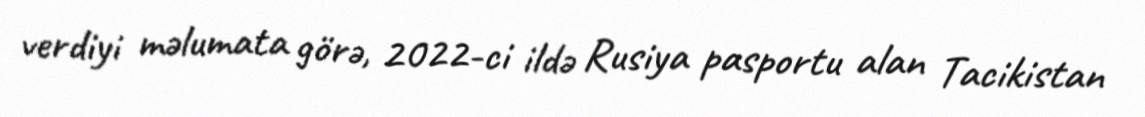
verdiyi məlumata görə, 2022-ci ildə Rusiya pasportu alan Tacikistan